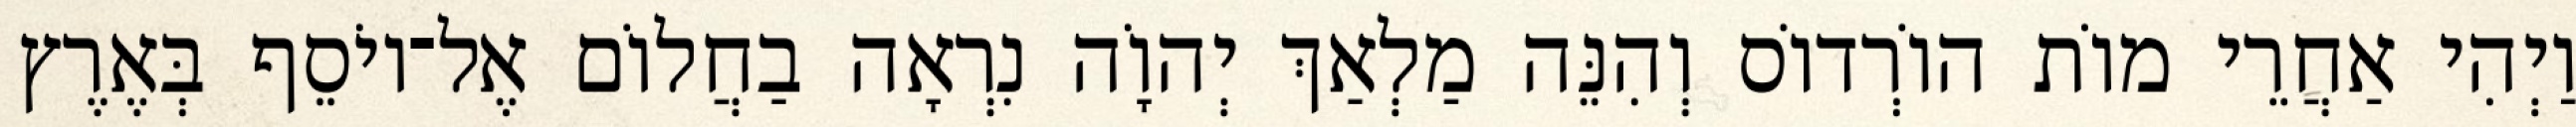
וַיְהִי אַחֲרֵי מוֹת הוֹרְדוֹס וְהִנֵּה מַלְאַךְ יְהוָֹה נִרְאָה בַחֲלוֹם אֶל־יוֹסֵף בְּאֶרֶץ